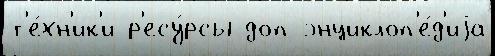
т'е́хн'ик'и р'есу́рсы доп энциклоп'е́д'иjа